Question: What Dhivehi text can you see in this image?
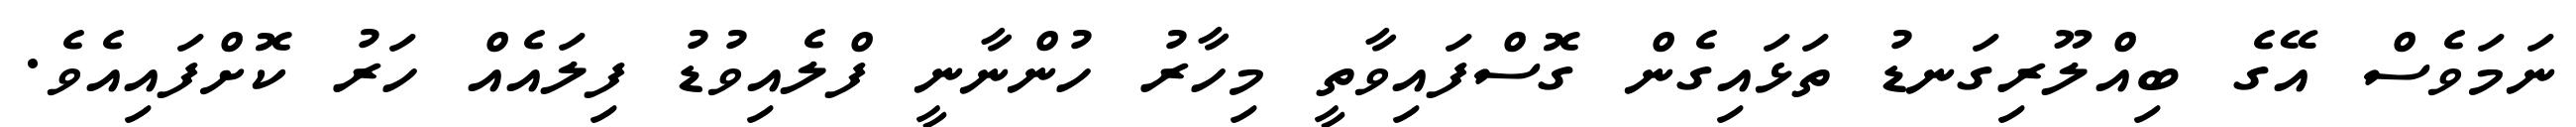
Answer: ނަމަވެސް އޭގެ ބިއްލޫރިގަނޑު ތަޅައިގެން ގޮސްފައިވާތީ މިހާރު ހުންނާނީ ފްލެއިވުޑު ފިލައެއް ހަރު ކޮށްފައިއެވެ.